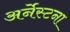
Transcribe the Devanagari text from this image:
अर्नेस्टना